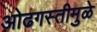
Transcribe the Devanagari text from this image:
ओढगस्तीमुळे